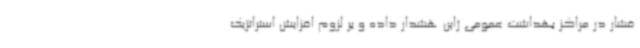
فشار در مراکز بهداشت عمومی ژاپن هشدار داده و بر لزوم افزایش استراتژیک